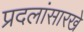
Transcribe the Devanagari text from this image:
प्रदलांसारखे